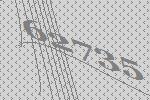
62735